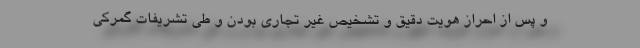
و پس از احراز هویت دقیق و تشخیص غیر تجاری بودن و طی تشریفات گمرکی